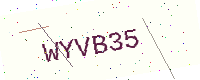
Text: WYVB35